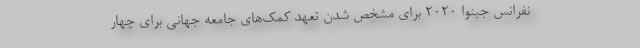
نفرانس جینوا ۲۰۲۰ برای مشخص شدن تعهد کمک‌های جامعه جهانی برای چهار